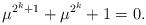
LaTeX: \begin{align*}\mu^{2^{k}+1}+ \mu^{2^{k}}+ 1 =0.\end{align*}